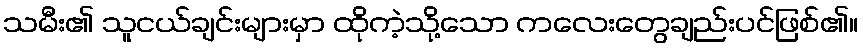
သမီး၏ သူငယ်ချင်းများမှာ ထိုကဲ့သို့သော ကလေးတွေချည်းပင်ဖြစ်၏။